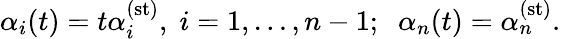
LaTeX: \alpha_{i}(t)=t\alpha_{i}^{(\mathrm{st})},\; i=1,\ldots,n-1;\; \; \alpha_{n}(t)=\alpha_{n}^{(\mathrm{st})}.